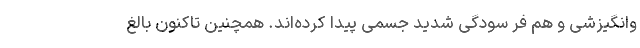
وانگیزشی و هم فر سودگی شدید جسمی پیدا کرده‌اند. همچنین تاکنون بالغ